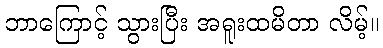
ဘာကြောင့် သွားပြီး အရူးထမိတာ လိမ့်။